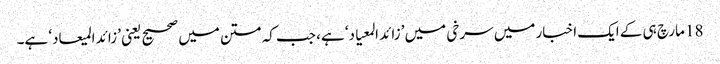
18 مارچ ہی کے ایک اخبار میں سرخی میں ’زائد المعیاد‘ ہے، جب کہ متن میں صحیح یعنی ’زائد المیعاد‘ ہے۔